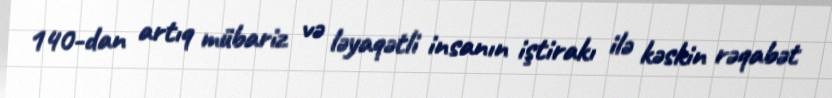
140-dan artıq mübariz və ləyaqətli insanın iştirakı ilə kəskin rəqabət